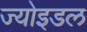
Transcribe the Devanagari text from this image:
ज्योइडल